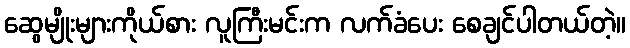
ဆွေမျိုးများကိုယ်စား လူကြီးမင်းက လက်ခံပေး စေချင်ပါတယ်တဲ့။